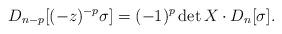
LaTeX: \begin{align*}D_{n-p}[(-z)^{-p}\sigma]=(-1)^{p}\det X \cdot D_{n}[\sigma]. \end{align*}